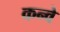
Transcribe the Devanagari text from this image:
कन्वे